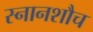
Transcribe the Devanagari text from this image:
स्नानशौच